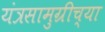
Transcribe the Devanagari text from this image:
यंत्रसामुग्रीच्या